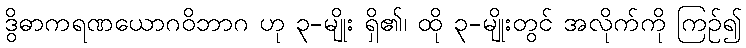
ဒွိဓာကရဏယောဂဝိဘာဂ ဟု ၃-မျိုး ရှိ၏၊ ထို ၃-မျိုးတွင် အလိုက်ကို ကြဉ်၍